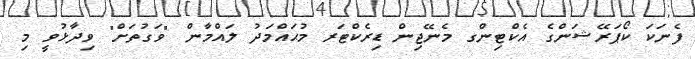
ފެނަކަ ކޯޕަރޭޝަންގެ އެކްޓިންގ މެނޭޖިން ޑިރެކްޓަރ މުޙައްމަދު ލައްމާން "ވަގުތަށް" ވިދާޅުވީ މި